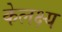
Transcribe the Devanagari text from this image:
केलक्ष्य